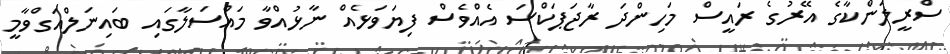
ސްރީލަންކާގެ އޭރުގެ ރައީސް މަހިންދަ ރާޖަޕަކްސަ އެއްވެސް ފިޔަވަޅެއް ނާޅުއްވާ މައްސަލާގައި ބައިނަލްއަގްވާމީ